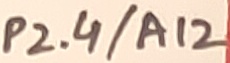
Text: P2.4/A12